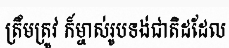
ត្រឹមត្រូវ ក៏ម្ចាស់រូបទង់ជាតិដដែល